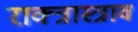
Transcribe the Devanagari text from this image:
राक्त्रास्त्राव